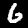
Label: 6